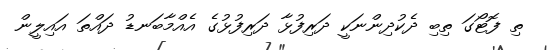
ތި ފޮޓޯގަ ތިބި ދެކުދިންނަކީ ދަރިފުޅާ ދަރިފުޅުގެ އެއްމާބަނޑު ދައްތަ އައިލީން